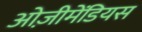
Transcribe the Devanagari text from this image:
ओज़ीमेंडियस